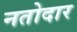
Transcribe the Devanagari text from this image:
नतोदार